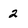
Character: 2